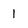
Character: 1